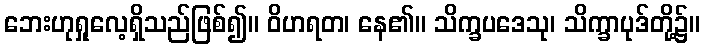
ဘေးဟုရှုလေ့ရှိသည်ဖြစ်၍။ ဝိဟရတ၊ နေ၏။ သိက္ခပဒေသု၊ သိက္ခာပုဒ်တို့၌။